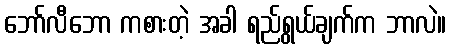
ဘော်လီဘော ကစားတဲ့ အခါ ရည်ရွယ်ချက်က ဘာလဲ။